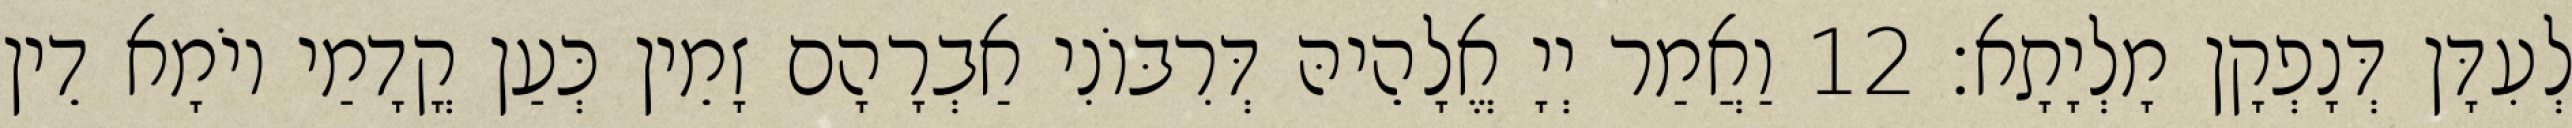
לְעִדָּן דְּנָפְקָן מָלְיָתָא׃ 12 וַאֲמַר יְיָ אֱלָהֵיהּ דְּרִבּוֹנִי אַבְרָהָם זָמֵין כְּעַן קֳדָמַי יוֹמָא דֵין